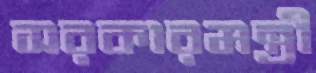
সরকারমন্ত্রী